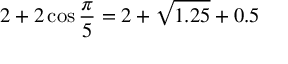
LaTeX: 2 + 2 \cos { \frac { \pi } { 5 } } = 2 + { \sqrt { 1 . 2 5 } } + 0 . 5